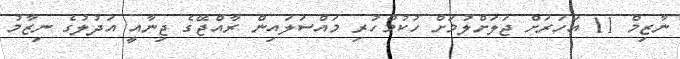
ނާޒިމް 11 އަހަރަށް ޖަލަށްލުމަށް ހުކުމްހުރި މައްސަލައިން ރާއްޖޭގެ ޖިނާއީ އަދުލުގެ ނިޒާމު